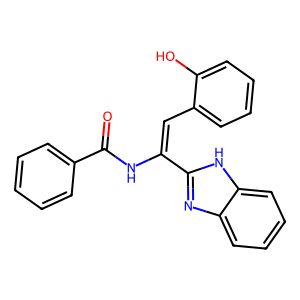
SMILES: O=C(NC(=Cc1ccccc1O)c1nc2ccccc2[nH]1)c1ccccc1
Inhibits HIV replication: No